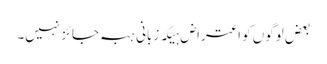
بعض لوگوں کو اعتراض ہیکہ زبانی ہبہ جائز نہیں۔